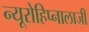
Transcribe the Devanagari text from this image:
न्यूरोहिप्नालाजी